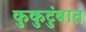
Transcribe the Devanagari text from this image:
कुकुटुंबात